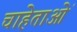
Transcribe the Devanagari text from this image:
चाहेताओं